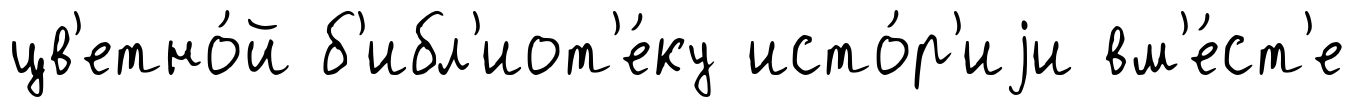
цв'етно́й б'ибл'иот'е́ку исто́р'иjи вм'е́ст'е